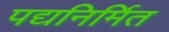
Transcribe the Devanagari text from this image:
पद्यनिर्मित